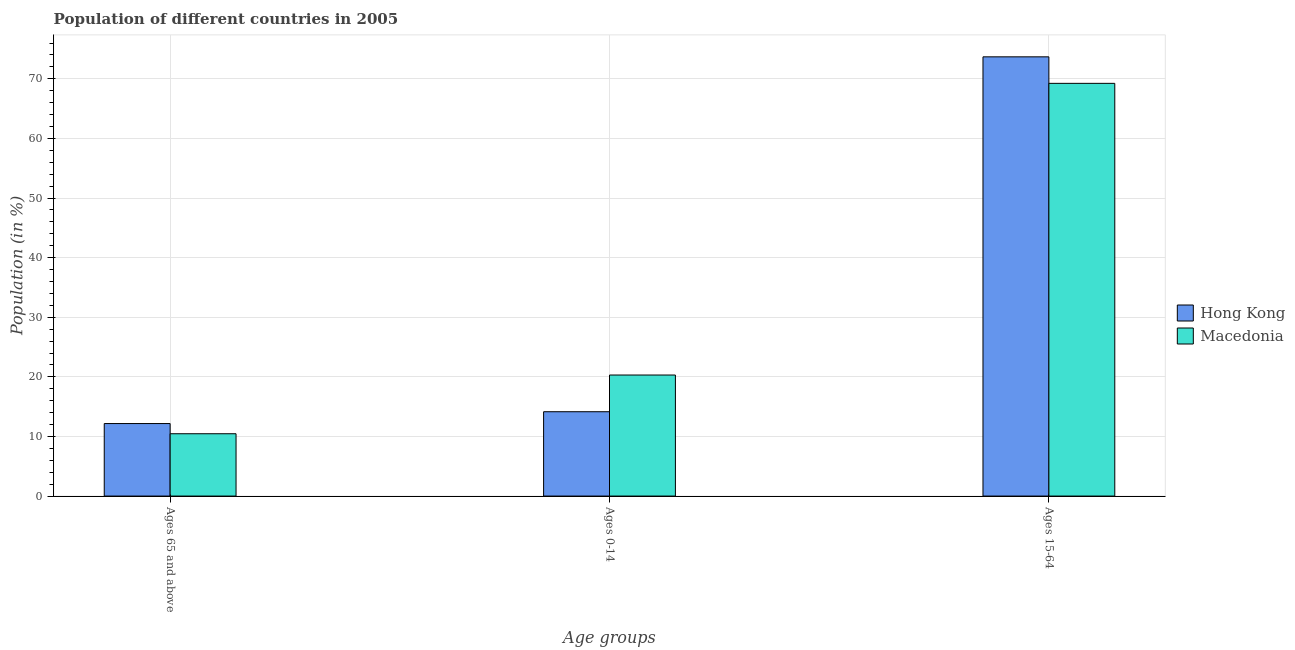
| Age groups | Hong Kong | Macedonia |
 | --- | --- | --- |
 | Ages 65 and above | 12.2 | 10.5 |
 | Ages 0-14 | 14.1 | 20.3 |
 | Ages 15-64 | 73.7 | 69.2 |